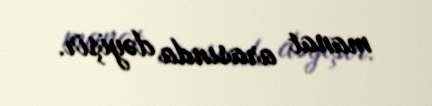
manat arasında dəyişir.